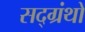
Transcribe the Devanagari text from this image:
सद्ग्रंथों